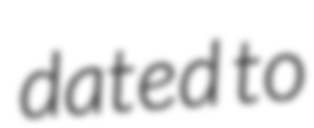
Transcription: dated to